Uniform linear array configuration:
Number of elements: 64
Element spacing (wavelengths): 0.75
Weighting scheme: hamming
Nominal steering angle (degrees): -45
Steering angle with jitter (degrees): -46.714
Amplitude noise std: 0.05
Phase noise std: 0.05

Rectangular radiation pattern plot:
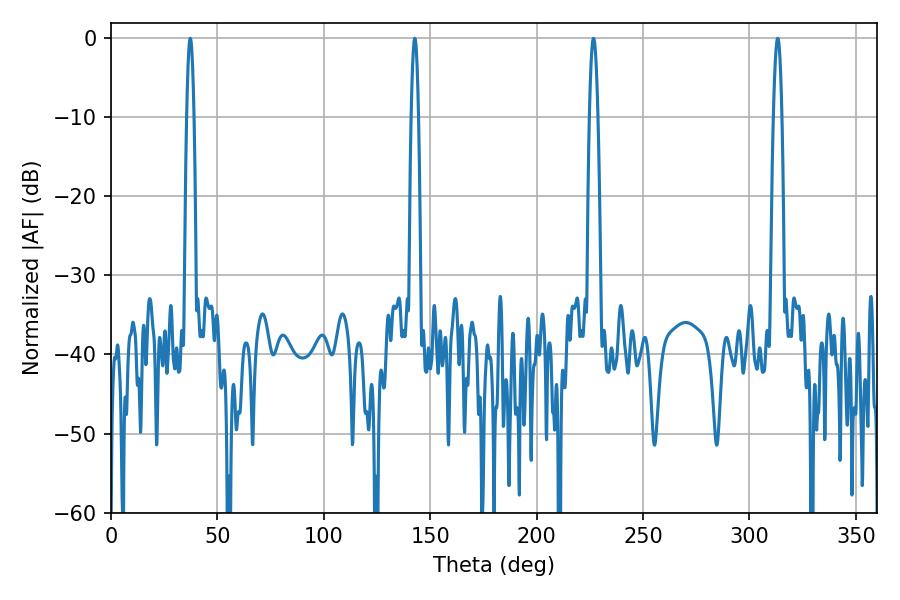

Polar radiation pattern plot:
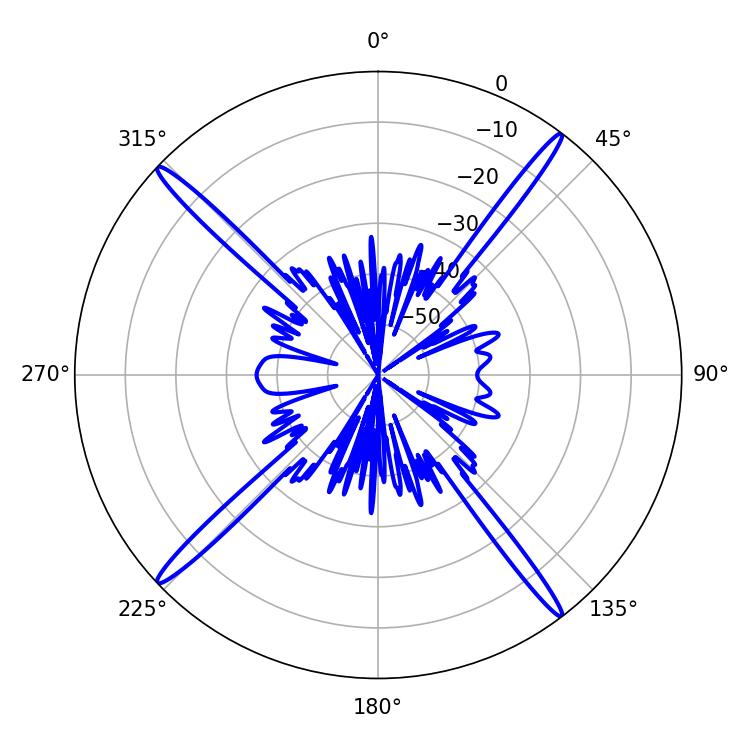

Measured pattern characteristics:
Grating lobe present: TRUE
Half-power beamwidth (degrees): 1.8
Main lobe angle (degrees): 37.26